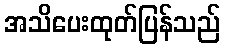
အသိပေးထုတ်ပြန်သည်